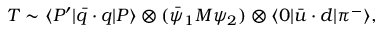
T \sim \langle P ^ { \prime } | \bar { q } \cdot q | P \rangle \otimes ( \bar { \psi } _ { 1 } M \psi _ { 2 } ) \otimes \langle 0 | \bar { u } \cdot d | \pi ^ { - } \rangle ,